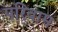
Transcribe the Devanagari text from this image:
परिवाम